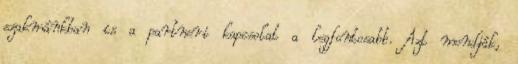
szakmánkban is a partneri kapcsolat a legfontosabb. Azt mondják,